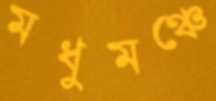
মধুমঞ্চে